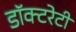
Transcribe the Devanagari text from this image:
डॉक्टरेटी